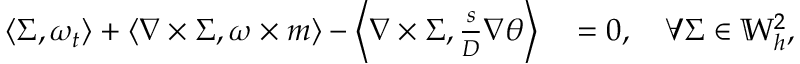
\begin{array} { r l } { \left\langle \Sigma , \omega _ { t } \right\rangle + \left\langle \nabla \times \Sigma , \omega \times m \right\rangle - \left\langle \nabla \times \Sigma , \frac { s } { D } \nabla \theta \right\rangle } & { { } = 0 , \quad \forall \Sigma \in \mathbb { W } _ { h } ^ { 2 } , } \end{array}